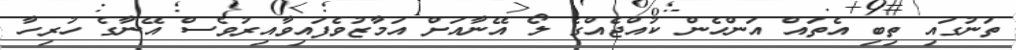
ތަނުގައި ތިބި އެތައް އަންހެން ކުއްޖެއްގެ ލޯ އޭނާއަށް އަމާޒުވެފައިވާއިރުވެސް އޭނާގެ ހުރިހާ